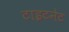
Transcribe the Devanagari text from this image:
टाइटनेट